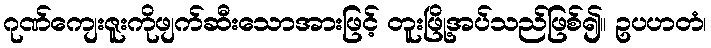
ဂုဏ်ကျေးဇူးကိုဖျက်ဆီးသောအားဖြင့် တူးဖြို့အပ်သည်ဖြစ်၍။ ဥပဟတံ၊